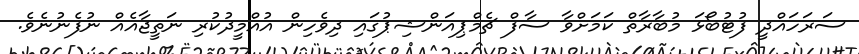
ސަރަހައްދީ ފުޓުބޯޅަ މުބާރާތް ކަމަށްވާ ސާފް ޗެމްޕިއަންޝިޕުގައި ދިވެހިން އުއްމީދުކުރި ނަތީޖާއެއް ނުފެނުނެވެ.